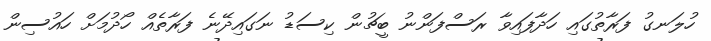
ހުލަނގު ފަރާތުގައި ހަދާފައިވާ ރަސްފަންނު ބީޗުން ކިސަޑު ނަގައިދޭނެ ފަރާތެއް ހޯދުމަށް ހައުސިން